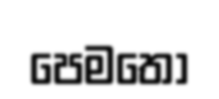
පෙමතො